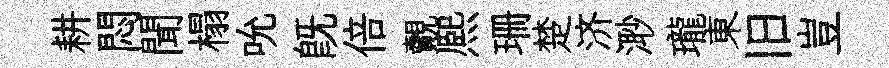
耕悶聞榻吮旣倍覿熈珊楚济𣺌瓏東旧豈